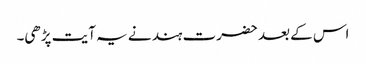
اس کے بعد حضرت ہند نے یہ آیت پڑھی۔